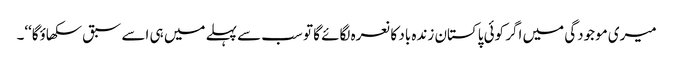
میری موجودگی میں اگر کوئی پاکستان زندہ باد کا نعرہ لگائے گا تو سب سے پہلے میں ہی اسے سبق سکھاؤگا‘‘۔